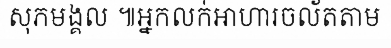
សុភមង្គល ៕អ្នកលក់អាហារចល័តតាម